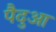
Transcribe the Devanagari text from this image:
पैदुआ